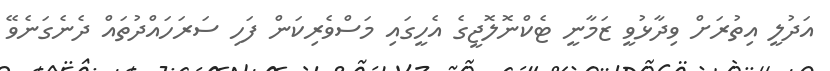
އަދުލީ އިތުރަށް ވިދާޅުވީ ޒަމާނީ ޓެކްނޮލޮޖީގެ އެހީގައި މަސްވެރިކަން ފަހި ސަރަހައްދުތައް ދެނެގަނެވޭ